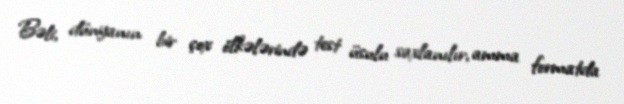
Bəli, dünyanın bir çox ölkələrində test üsulu saxlanılır, amma formatda